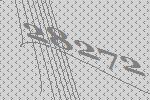
28272